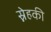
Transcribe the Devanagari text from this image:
स्नेहकी